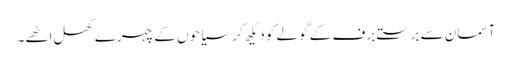
آسمان سے برستے برف کے گولے کو دیکھ کر سیاحوں کے چہرے کھل اٹھے۔